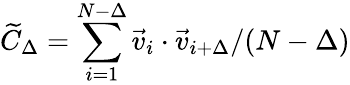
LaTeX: \widetilde{C}_{\Delta}=\sum_{i=1}^{N-\Delta}\vec{v}_{i}\cdot\vec{v}_{i+\Delta}/(N-\Delta)